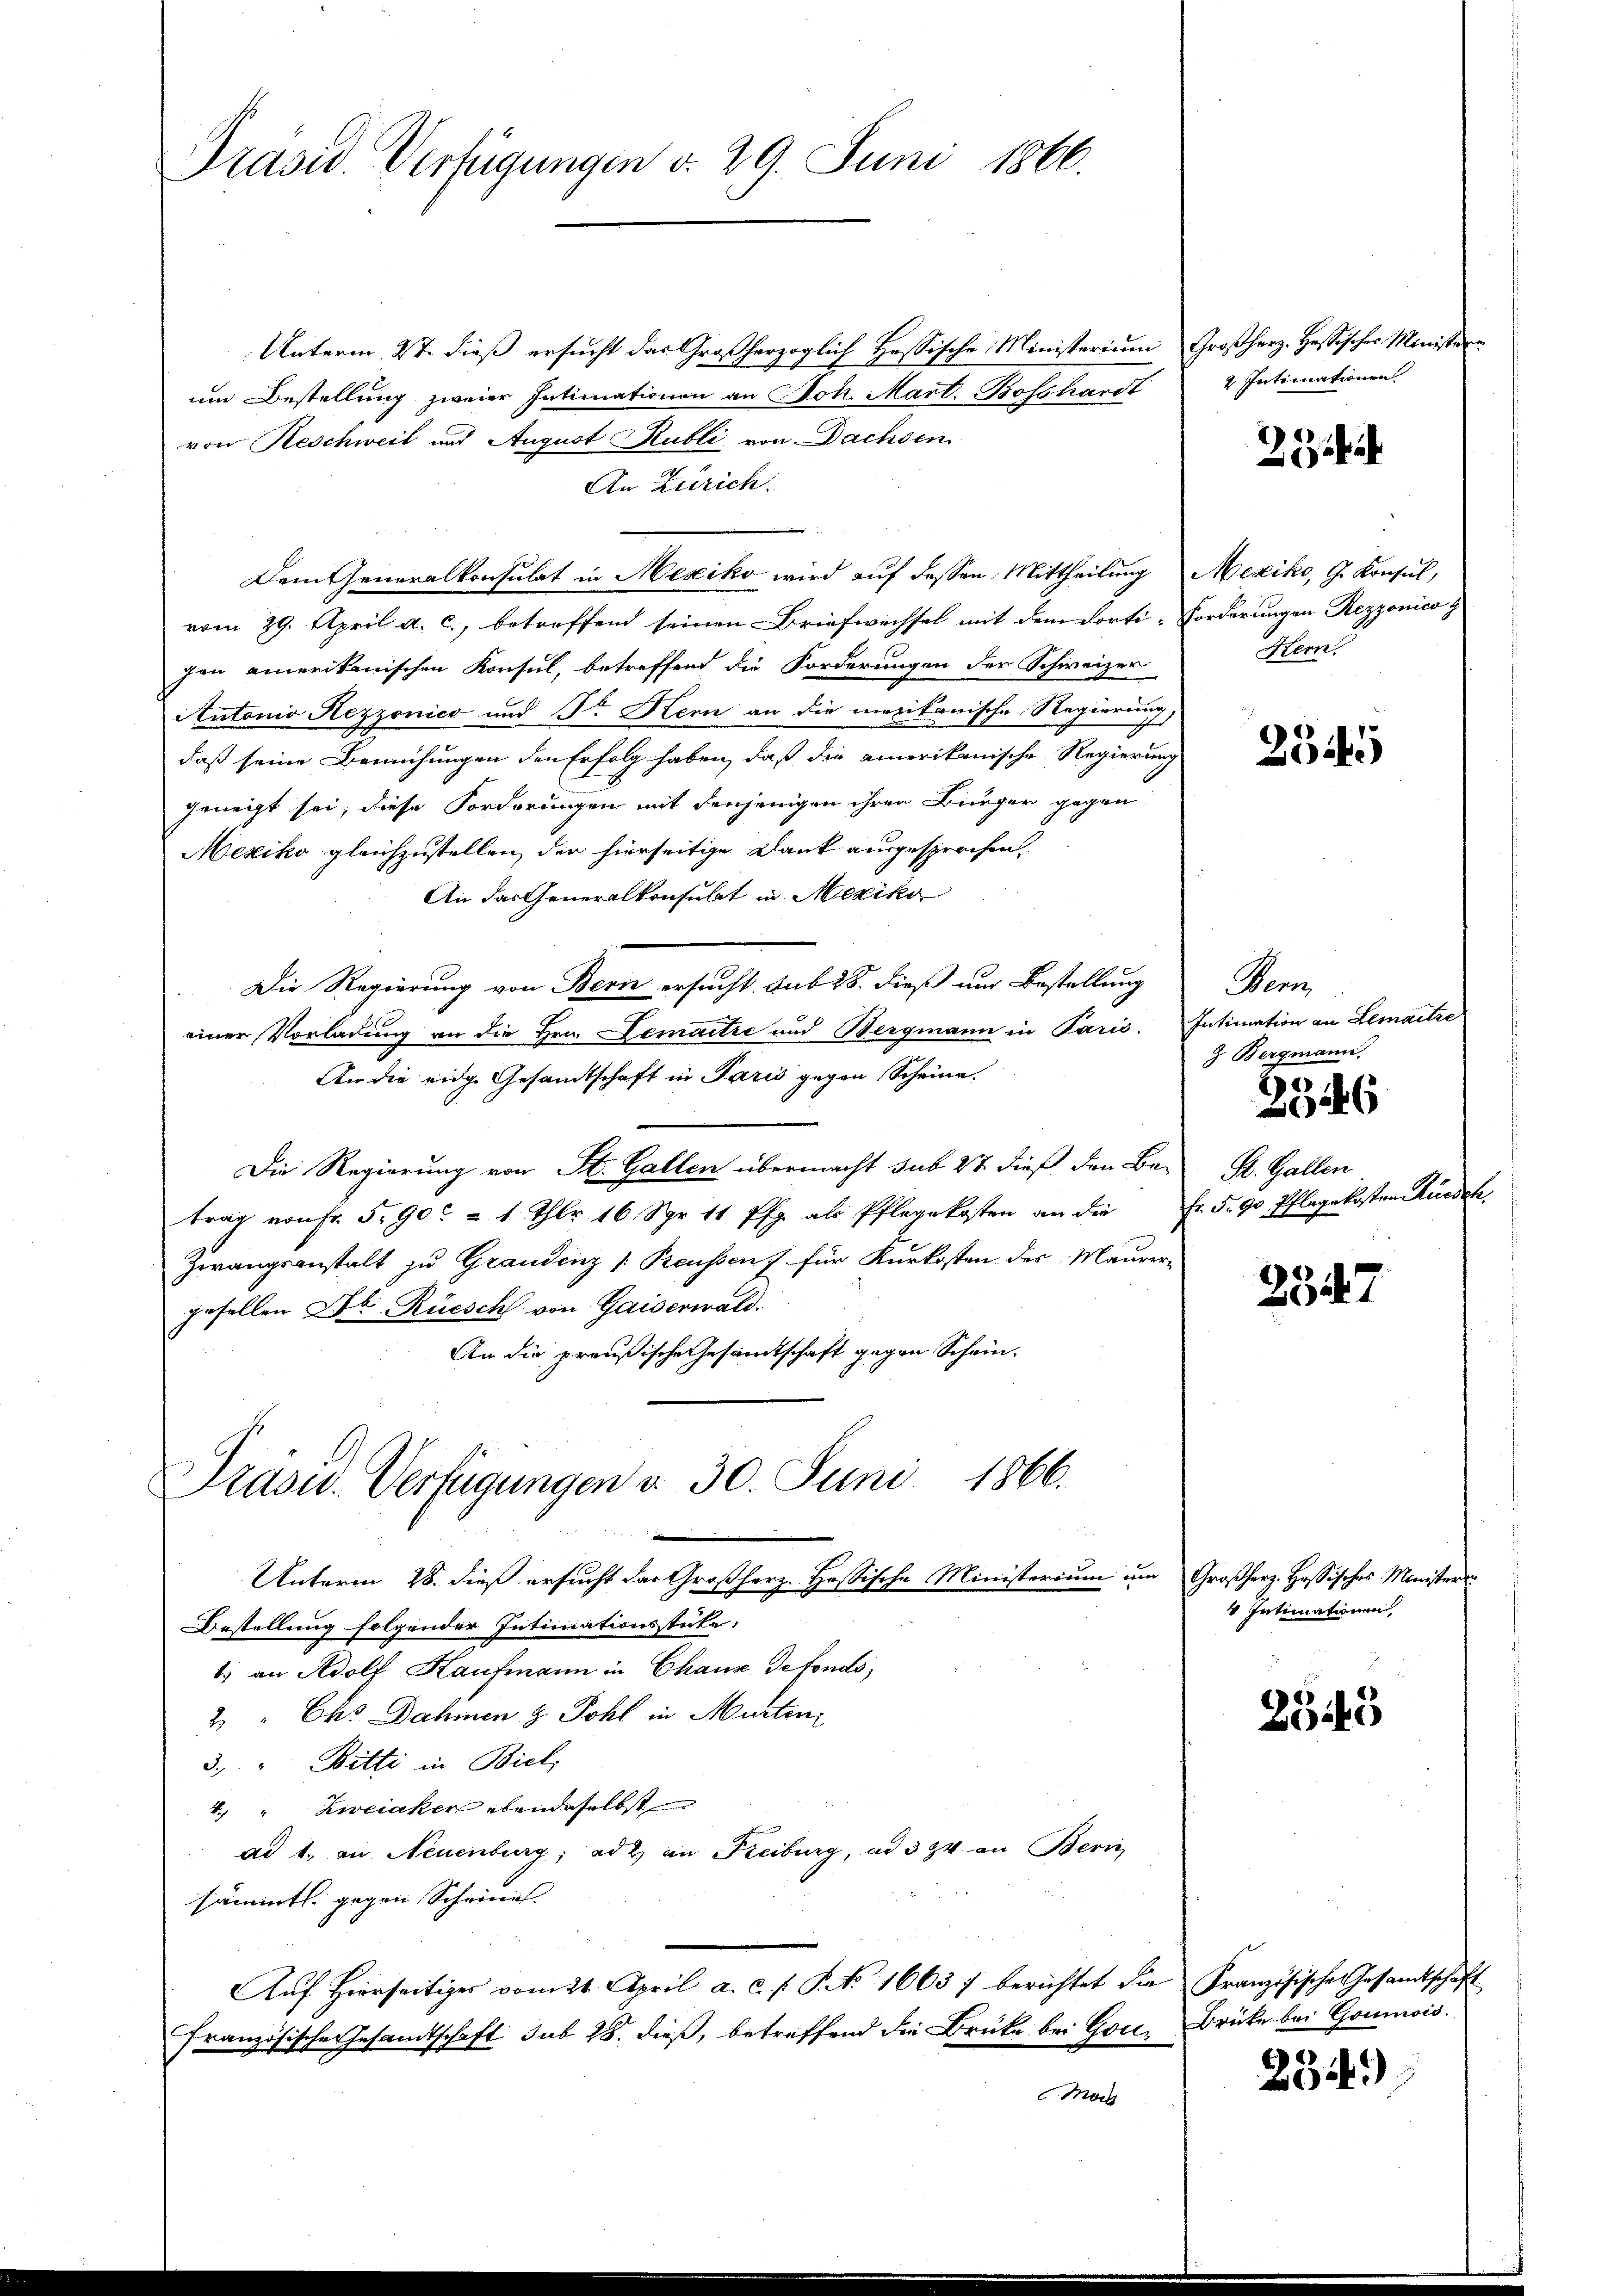
Präsid. Verfügungen v. 29. Juni 1866.

Unterm. St. dieß ersucht das Großherzoglich Hassische Ministerium Großherz- Hassisches Ministerum Bestellung zweier Intimationen an Joh. Mart. Boschardt
von Reschweil und August Kubli von Dachsen
An Zürich.
Dem Generalkonsulat in Mexiko wird auf dessen Mittheilung
vom 29. April a. c., betreffend seinen Briefwechsel mit dem dorti-
gen amerikanischen Konsul, betreffend die Forderungen der Schweizer
Antonio Rezzonico und Dr Kern an die mexikanische Regierung,
daß seine Bemühungen den Erfolg haben, daß die amerikanische Regierung
geneigt sei, diese Forderungen mit denjenigen ihren Bürger gegen
Mexiko gleichzustellen, der hierseitige Dank ausgesprochen,
An das Generalkonsulat in Mexiko
Die Regierung von Bern ersucht sub 28. dieß und Bestellung
einer Vorladung an die Hrn. Demaitre und Bergmann in Paris.
An die eidge Gesandtschaft in Paris gegen Scheine
Die Regierung von St. Gallen übermacht sub 27 dieß den Be-
trag von Fr. 5. 90 & 1 Thlr 16 Spr. 11 Pfg. als Pflegekosten an die
Zwangsanstalt zu Graudenz [Reussen 7. für Kurkosten des Maurer-
gesellen Dr. Rüesch von Gaiserwald.
An die preußische Gesamtschaft gegen Schein¬
Präsid.. Verfügungen v. 30. Juni 1866.
Unterm 28. dieß ersucht das Großherz. Hessische Ministerium um Großherz. Hassisches Ministers
Bestellung folgender Intimationsstücke:
1) an Adolf Kaufmann in Chaux detonds,
2 " Cts. Dahmen & Pohl in Murten
3. " Bitti in Biel,
4 " Zweiaker ebendaselbst
ad 1. an Neuenburg; ad 2. an Keiburg, ad 3 zu an Beri
sämmtl. gegen Scheine.
Aŭf Hierseitiges vom 21. April a. c. s. S. No 16637 berichtet die Französische Gesandtschaft
Französische Gesandtschaft sub 28. dieß, betreffend die Brücke bei Gon, Brücke bei Goumis.
Mort

2 Intimationen

2

Mexiko, G. Konsul,
Forderungen Rezzonico
Hern.

2545

Pero
Intimation an Lemaitre
9. Bergmann.

2546

St. Gallen
Fr. 5. 90. Pflegekosten Ruedek,

2347

Intimationen

2349

234)